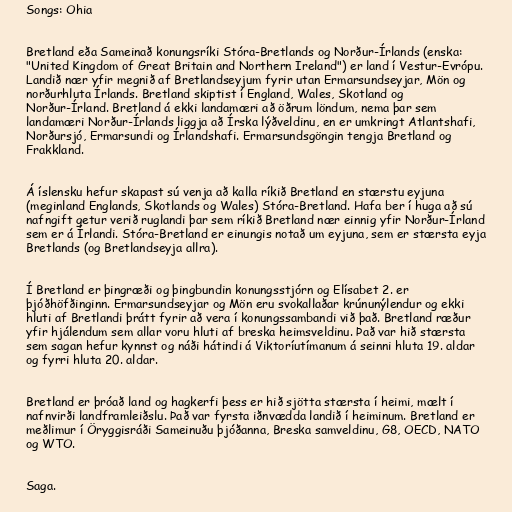
Songs: Ohia

Bretland eða Sameinað konungsríki Stóra-Bretlands og Norður-Írlands (enska:
"United Kingdom of Great Britain and Northern Ireland") er land í Vestur-Evrópu.
Landið nær yfir megnið af Bretlandseyjum fyrir utan Ermarsundseyjar, Mön og
norðurhluta Írlands. Bretland skiptist í England, Wales, Skotland og
Norður-Írland. Bretland á ekki landamæri að öðrum löndum, nema þar sem
landamæri Norður-Írlands liggja að Írska lýðveldinu, en er umkringt Atlantshafi,
Norðursjó, Ermarsundi og Írlandshafi. Ermarsundsgöngin tengja Bretland og
Frakkland.

Á íslensku hefur skapast sú venja að kalla ríkið Bretland en stærstu eyjuna
(meginland Englands, Skotlands og Wales) Stóra-Bretland. Hafa ber í huga að sú
nafngift getur verið ruglandi þar sem ríkið Bretland nær einnig yfir Norður-Írland
sem er á Írlandi. Stóra-Bretland er einungis notað um eyjuna, sem er stærsta eyja
Bretlands (og Bretlandseyja allra).

Í Bretland er þingræði og þingbundin konungsstjórn og Elísabet 2. er
þjóðhöfðinginn. Ermarsundseyjar og Mön eru svokallaðar krúnunýlendur og ekki
hluti af Bretlandi þrátt fyrir að vera í konungssambandi við það. Bretland ræður
yfir hjálendum sem allar voru hluti af breska heimsveldinu. Það var hið stærsta
sem sagan hefur kynnst og náði hátindi á Viktoríutímanum á seinni hluta 19. aldar
og fyrri hluta 20. aldar.

Bretland er þróað land og hagkerfi þess er hið sjötta stærsta í heimi, mælt í
nafnvirði landframleiðslu. Það var fyrsta iðnvædda landið í heiminum. Bretland er
meðlimur í Öryggisráði Sameinuðu þjóðanna, Breska samveldinu, G8, OECD, NATO
og WTO.

Saga.